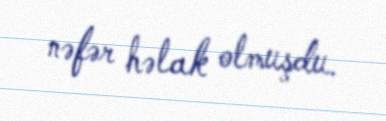
nəfər həlak olmuşdu.